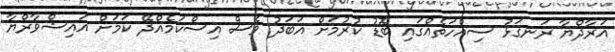
އަރާދްޔާ ރަނގަޅު ސިއްހަތެއްގައި ބޮޑު ކުރުމަށް އަބަދު ވެސް އިސްކަމެއްދޭ ކަމަށް އައިޝްވާރްޔާ